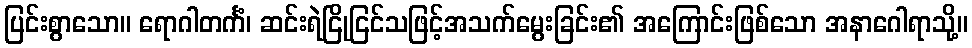
ပြင်းစွာသော။ ရောဂါတင်္ကံ၊ ဆင်းရဲငြိုငြင်သဖြင့်အသက်မွေးခြင်း၏ အကြောင်းဖြစ်သော အနာဂေါရာသို့။